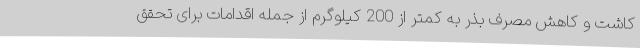
کاشت و کاهش مصرف بذر به کمتر از 200 کیلوگرم از جمله اقدامات برای تحقق